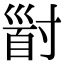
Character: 𡬹